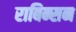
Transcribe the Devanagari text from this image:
राबिन्सन